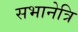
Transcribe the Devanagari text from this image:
सभानेत्रि